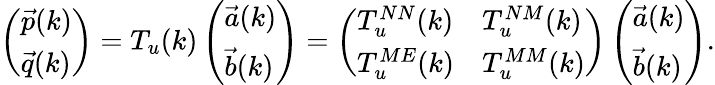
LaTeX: \begin{array}{r}{\left(\begin{array}{l}{\vec{p}(k)}\\ {\vec{q}(k)}\end{array}\right)=T_{u}(k)\left(\begin{array}{l}{\vec{a}(k)}\\ {\vec{b}(k)}\end{array}\right)=\left(\begin{array}{ll}{T_{u}^{NN}(k)}&{T_{u}^{NM}(k)}\\ {T_{u}^{ME}(k)}&{T_{u}^{MM}(k)}\end{array}\right)\left(\begin{array}{l}{\vec{a}(k)}\\ {\vec{b}(k)}\end{array}\right).}\end{array}